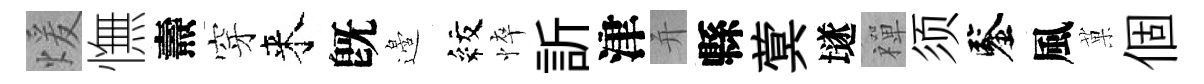
煖憮燾穿来旣邉紋悴訢津并縣蓂𡑞禪须鑒風菓個